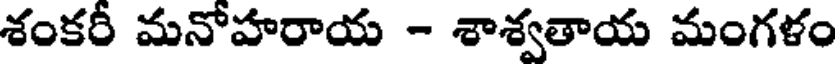
శంకరీ మనోహరాయ - శాశ్వతాయ మంగళం